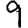
Digit: 9